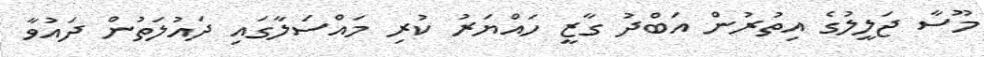
މޫސާ ޖަލީލުގެ އިތުރުން އަބްދު ގާޒީ ހައްޔަރު ކުރި މައްސަލާގައި ދައުލަތުން ދައުވާ